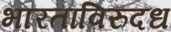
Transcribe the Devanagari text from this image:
भारताविरुदध